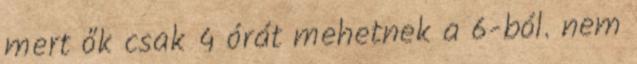
mert ők csak 4 órát mehetnek a 6-ból. nem